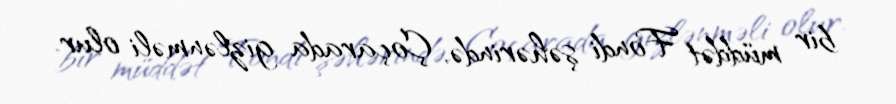
bir müddət Fondi şəhərində, Çoçarada gizlənməli olur.